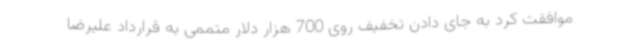
موافقت کرد به جای دادن تخفیف روی 700 هزار دلار متممی به قرارداد علیرضا